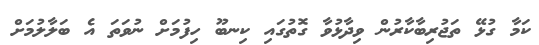
ކަމާ ގުޅޭ ތަޖުރިބާކާރުން ވިދާޅުވާ ގޮތުގައި ކިނބޫ ހިފުމަށް ނުވަތަ އެ ބަލާލުމަށް